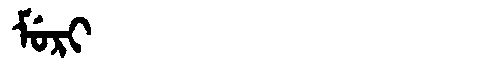
Manchu: ᠮᡠᡵᡳ
Romanization: MURI